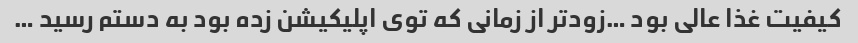
کیفیت غذا عالی بود …زودتر از زمانی که توی اپلیکیشن زده بود به دستم رسید …